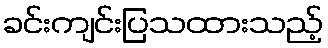
ခင်းကျင်းပြသထားသည့်